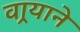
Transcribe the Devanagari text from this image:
वार्‍याने